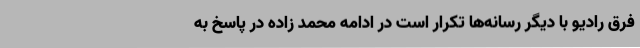
فرق رادیو با دیگر رسانه‌ها تکرار است در ادامه محمد زاده در پاسخ به